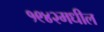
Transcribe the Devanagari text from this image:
१९४२मधील